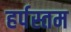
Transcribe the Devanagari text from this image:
हर्पस्तम